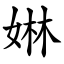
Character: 㛦